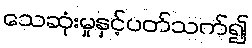
သေဆုံးမှုနှင့်ပတ်သက်၍